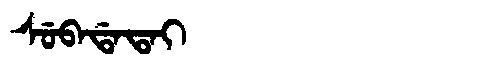
Manchu: ᠰᡠᠪᠠᡩᠠᡨᠠᡳ
Romanization: SUBADATAI